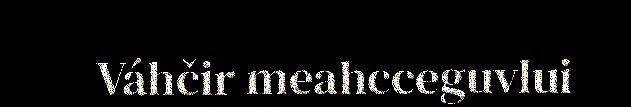
Váhčir meahcceguvlui